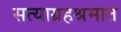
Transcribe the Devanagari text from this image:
सत्याग्रहश्रमात